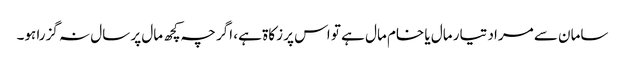
سامان سے مراد تیار مال یا خام مال ہے تو اس پر زکاۃ ہے، اگر چہ کچھ مال پر سال نہ گزرا ہو۔